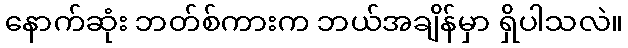
နောက်ဆုံး ဘတ်စ်ကားက ဘယ်အချိန်မှာ ရှိပါသလဲ။